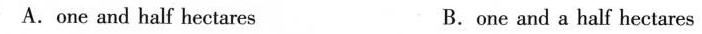
A. one and half hectares B. one and a half hectares